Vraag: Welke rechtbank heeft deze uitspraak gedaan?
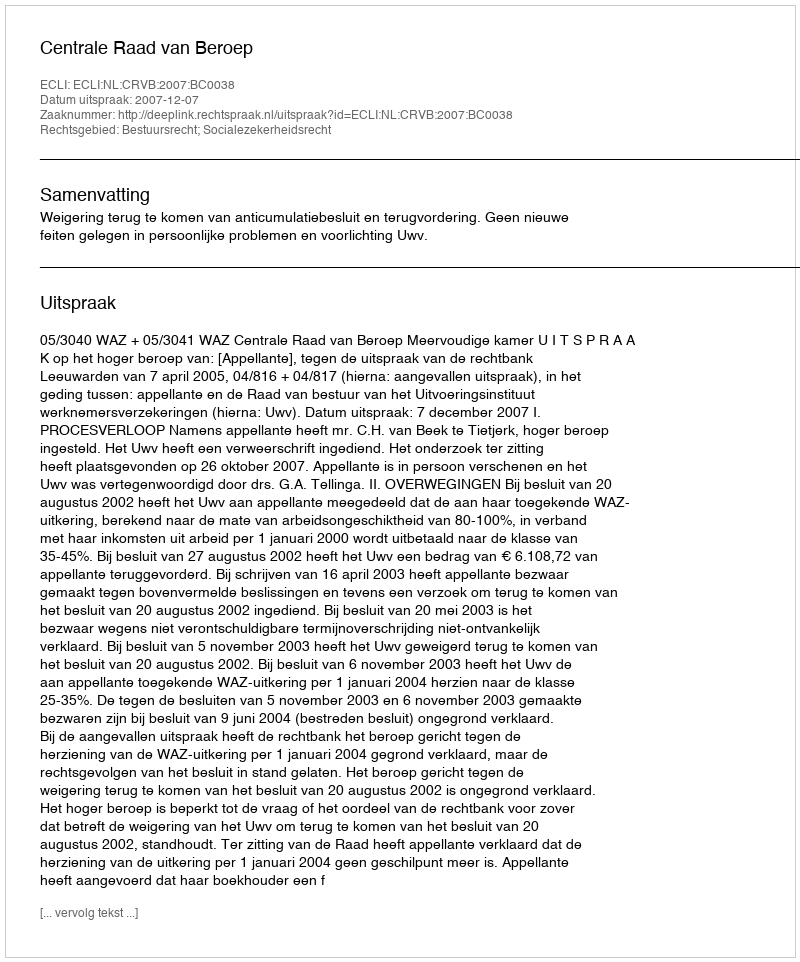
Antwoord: Centrale Raad van Beroep